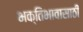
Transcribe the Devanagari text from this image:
भक्तिभावासाठी